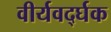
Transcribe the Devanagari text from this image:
वीर्यवर्द्घक